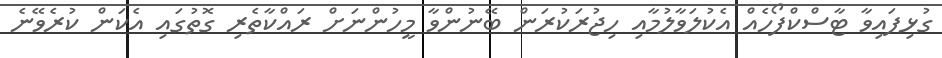
ގުޅިފައިވާ ޓާސްކްފޯހެއް އެކުލަވާލުމާއި ހިޖުރަކުރަން ބޭނުންވާ މީހުންނަށް ރައްކާތެރި ގޮތުގައި އެކަން ކުރެވޭނެ